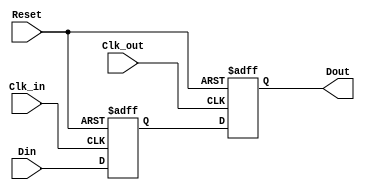
module MemoryBlocksPipelineSynchronizer #(
    parameter DATA_WIDTH = 8 // Parameter for data width
)(
    input wire [DATA_WIDTH-1:0] Din,      // Data input
    input wire Clk_in,                     // Clock input for source domain
    input wire Clk_out,                    // Clock input for destination domain
    input wire Reset,                      // Asynchronous reset
    output reg [DATA_WIDTH-1:0] Dout      // Synchronized data output
);

    // Internal signals for synchronizing data
    reg [DATA_WIDTH-1:0] sync_data_1; // First stage of synchronization

    // Synchronization logic
    always @(posedge Clk_in or posedge Reset) begin
        if (Reset) begin
            sync_data_1 <= {DATA_WIDTH{1'b0}}; // Reset to zero
        end else begin
            sync_data_1 <= Din; // Capture incoming data
        end
    end

    always @(posedge Clk_out or posedge Reset) begin
        if (Reset) begin
            Dout <= {DATA_WIDTH{1'b0}}; // Reset to zero
        end else begin
            Dout <= sync_data_1; // Output synchronized data
        end
    end

endmodule